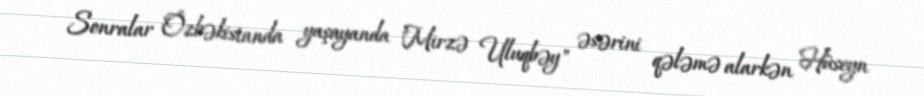
Sonralar Özbəkistanda yaşayanda "Mirzə Uluqbəy" əsərini qələmə alarkən Hüseyn